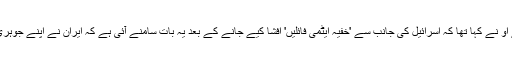
اس پر امریکی وزیرِ خارجہ مائیک پوم پے او نے کہا تھا کہ اسرائیل کی جانب سے 'خفیہ ایٹمی فائلیں' افشا کیے جانے کے بعد یہ بات سامنے آئی ہے کہ ایران نے اپنے جوہری پروگرام کے حوالے سے جھوٹ بولا تھا۔